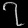
Digit: ၇